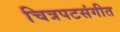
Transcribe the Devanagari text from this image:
चित्रपटसंगीत